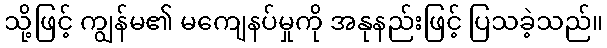
သို့ဖြင့် ကျွန်မ၏ မကျေနပ်မှုကို အနုနည်းဖြင့် ပြသခဲ့သည်။